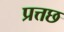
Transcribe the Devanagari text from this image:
प्रत्तछ